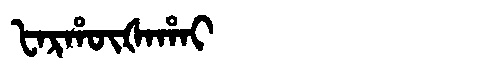
Manchu: ᡶᠠᡵᡥᡡᡧᠠᡥᠠᡳ
Romanization: FARHŪŠAHAI